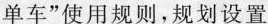
单车”使用规则，规划设置